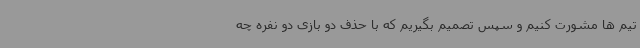
تیم ها مشورت کنیم و سپس تصمیم بگیریم که با حذف دو بازی دو نفره چه